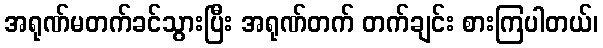
အရုဏ်မတက်ခင်သွားပြီး အရုဏ်တက် တက်ချင်း စားကြပါတယ်၊